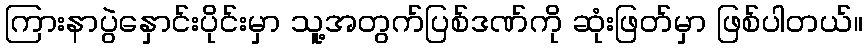
ကြားနာပွဲနှောင်းပိုင်းမှာ သူ့အတွက်ပြစ်ဒဏ်ကို ဆုံးဖြတ်မှာ ဖြစ်ပါတယ်။